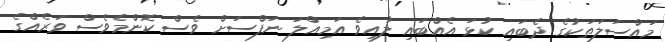
މައްސަލަތަކުގެ ދެބައި ކުޅަ އެއްބައި ލުއިވެ އަމިއްލަ ނަފްސަށް ވެސް ކޮންމެވެސް ވަރެއްގެ